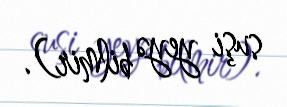
suşi yeyə bilmir).